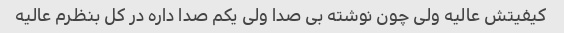
کیفیتش عالیه ولی چون نوشته بی صدا ولی یکم صدا داره در کل بنظرم عالیه